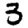
Digit: 3